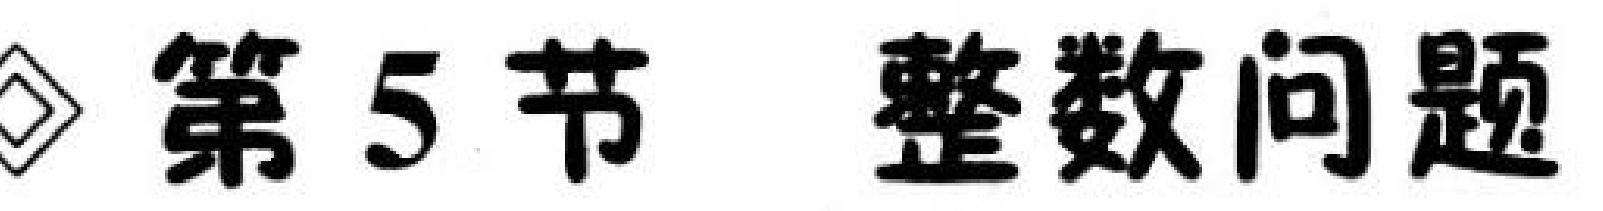
$\lozenge$ 第5节 整数问题